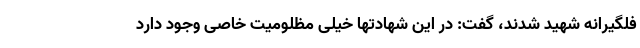
فلگیرانه شهید شدند، گفت: در این شهادتها خیلی مظلومیت خاصی وجود دارد